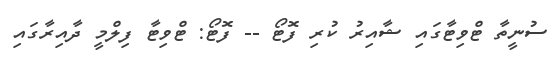
ސުނީތާ ޓްވިޓާގައި ޝާއިރު ކުރި ފޮޓޯ -- ފޮޓޯ: ޓްވިޓާ ފިލްމީ ދާއިރާގައި